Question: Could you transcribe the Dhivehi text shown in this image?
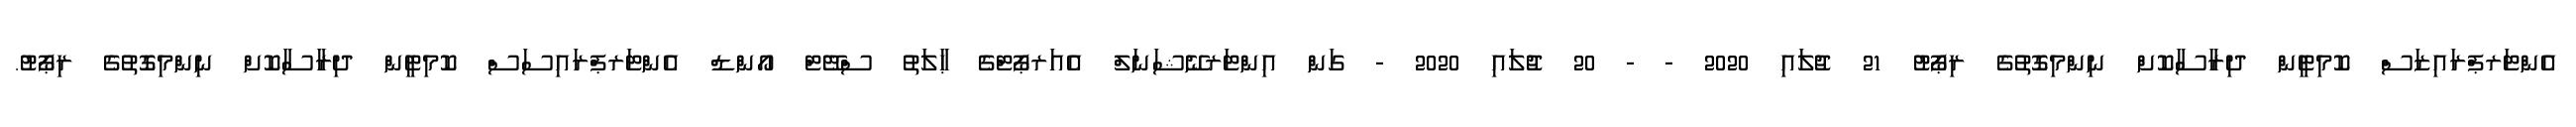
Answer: އެންޓަރޕްރައިޒަސް ކޮމިޓީން ދިރާސާކޮށް ނިންމިގޮތުގެ ރިޕޯޓު 21 ޖުލައި 2020 - - 20 ޖުލައި 2020 - ގަން އިންޓަރނޭޝަނަލް އެއަރޕޯޓްގެ ޙާލަތު ސްޓޭޓް އޯންޑް އެންޓަރޕްރައިސަސް ކޮމިޓީން ދިރާސާކޮށް ނިންމިގޮތުގެ ރިޕޯޓު.